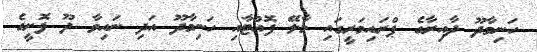
ހަނިމާދޫ ދާއިރާގެ ޕްރައިމަރީގައި މާލޭ ފޮއްޓާއި ހަނިމާދޫ އަދި ނައިވާ ދޫ ފޮށީގެ